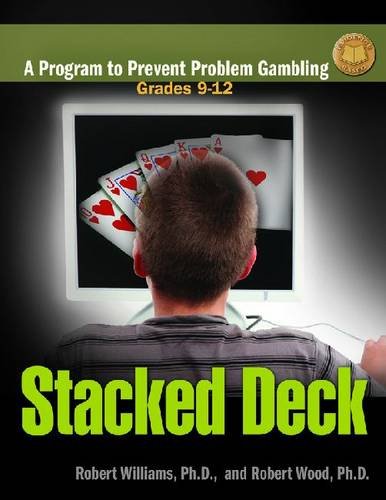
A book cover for Stacked Deck: A Program to Prevent Problem Gambling: Facilitaor's Guide: Grades 9-12; Robert Williams; Health, Fitness & Dieting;